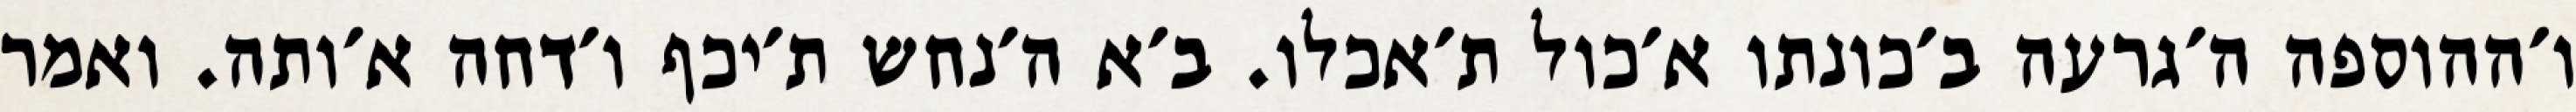
ו׳ההוספה ה׳גרעה ב׳כונתו א׳כול ת׳אכלו. ב׳א ה׳נחש ת׳יכף ו׳דחה א׳ותה. ואמר